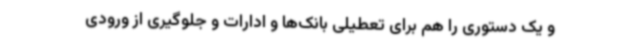
و یک دستوری را هم برای تعطیلی بانک‌ها و ادارات و جلوگیری از ورودی